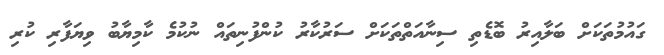
ގައުމުތަކަށް ބަލާއިރު ބޮޑެތި ސިނާއަތްތަކަށް ސަރުކާރު ކުންފުނިތައް ނުކުމެ ކާމިޔާބު ވިޔަފާރި ކުރި